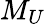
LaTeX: M_{U}